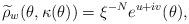
LaTeX: \begin{align*}\widetilde{\rho}_w(\theta,\kappa(\theta)) = \xi^{-N} e^{u+iv}(\theta),\end{align*}